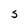
Character: S